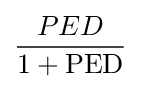
{\frac {PED}{1+{\text{PED}}}}